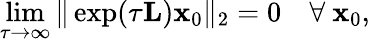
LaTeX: \operatorname*{lim}_{\tau\to\infty}\| \exp(\tau\mathbf{L})\mathbf{x}_{0}\| _{2}=0\quad\forall\ \mathbf{x}_{0},